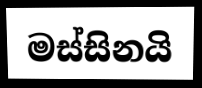
මස්සිනයි